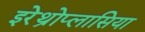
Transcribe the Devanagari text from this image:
इरेथ्रोप्लासिया